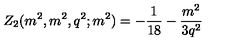
Z _ { 2 } ( m ^ { 2 } , m ^ { 2 } , q ^ { 2 } ; m ^ { 2 } ) = - \frac { 1 } { 1 8 } - \frac { m ^ { 2 } } { 3 q ^ { 2 } }